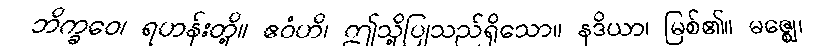
ဘိက္ခဝေ၊ ရဟန်းတို့။ ဧဝံဟိ၊ ဤသို့ပြုသည်ရှိသော။ နဒိယာ၊ မြစ်၏။ မဇ္ဈေ၊